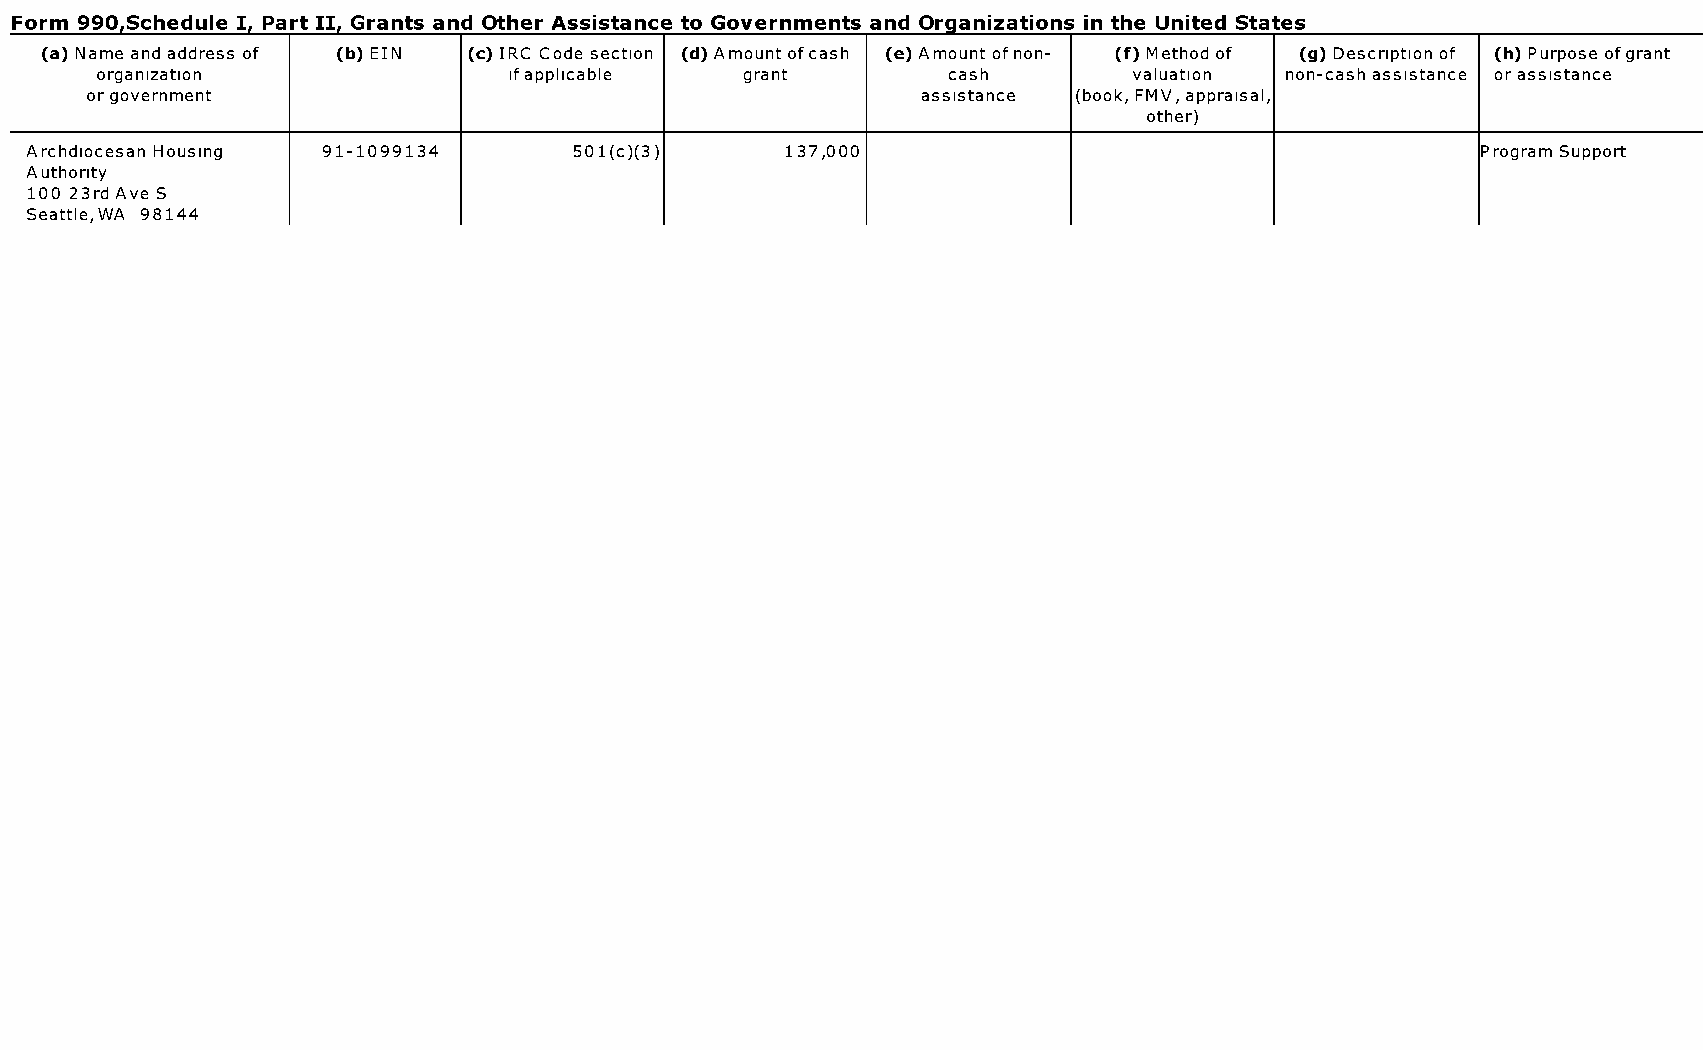
Form 990.Schedule I. Part II. Grants and Other Assistance to Governments and Organizations in the United States
 (a) Name and address of (b) EIN (c) IRC Code section (d) Amount ofcash (e) Amount of non- (f) Method of (g) Description of (h) Purpose ofgrant
 organization                ifapplicable   grant         cash        valuation non-cash assistance or assistance
 or government                                          assistance (book, FMV, appraisal,
 other)
 Archdiocesan Housing 91-1099134     501(c)(3)     137,000                                       Program Support
 Authority
 100 23rd Ave S
 Seattle,WA 98144